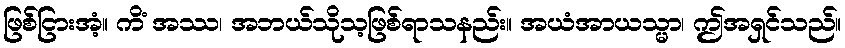
ဖြစ်ငြားအံ့။ ကိံ အဿ၊ အဘယ်သိုသ့ဖြစ်ရာသနည်း။ အယံအာယသ္မာ၊ ဤအရှင်သည်။